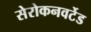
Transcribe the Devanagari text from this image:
सेरोकनवर्टेड